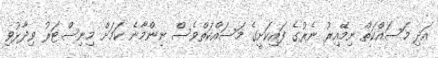
އަދި މަސައްކަތް ނިމޭއިރު ނެރުގެ ފައިކަށީގެ މަސައްކަތްވެސް ނިންމާނެ ކަމަށް މިނިސްޓަރު ވިދާޅުވި